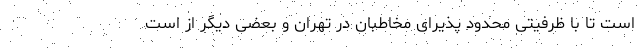
است تا با ظرفیتی محدود پذیرای مخاطبان در تهران و بعضی دیگر از است